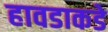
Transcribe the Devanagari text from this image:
हावडाकडे